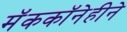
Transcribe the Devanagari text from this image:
मॅककॉनेहीने